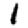
Digit: 1